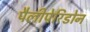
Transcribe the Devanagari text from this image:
पैलीपेरिडोन